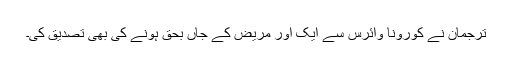
ترجمان نے کورونا وائرس سے ایک اور مریض کے جاں بحق ہونے کی بھی تصدیق کی۔